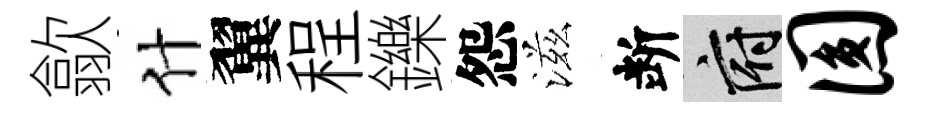
歙什翼程鑠怨滋断府圆